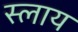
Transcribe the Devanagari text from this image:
स्लाय